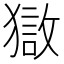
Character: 𰡣